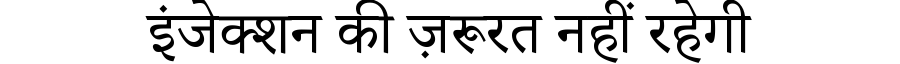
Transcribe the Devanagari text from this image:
इंजेक्शन की ज़रूरत नहीं रहेगी